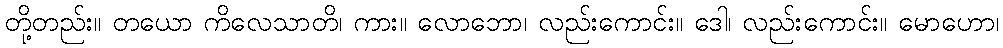
တို့တည်း။ တယော ကိလေသာတိ၊ ကား။ လောဘော၊ လည်းကောင်း။ ဒေါ၊ လည်းကောင်း။ မောဟော၊